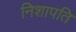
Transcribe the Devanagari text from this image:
निशापति